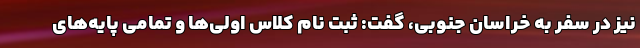
نیز در سفر به خراسان جنوبی، گفت: ثبت نام کلاس اولی‌ها و تمامی پایه‌های